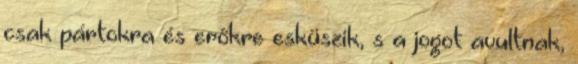
csak pártokra és erőkre esküszik, s a jogot avultnak,